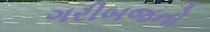
ગરીબજનો